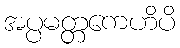
အပ္ပမတ္တကေဟိပိ